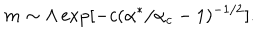
LaTeX: m \sim \Lambda \exp [ - c ( \alpha ^ { * } / \alpha _ { c } - 1 ) ^ { - 1 / 2 } ] .